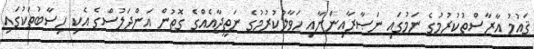
ޤައުމު އާރާސްތުކުރުމުގެ ނަމުގައި ނަޞާރާއިންނާއި ހަވާލުކުރުމުގެ ނަތީޖާއެއްގެ ގޮތުން އަންދަލުސްގެ އެކި ހިސާބުތަކުގައި